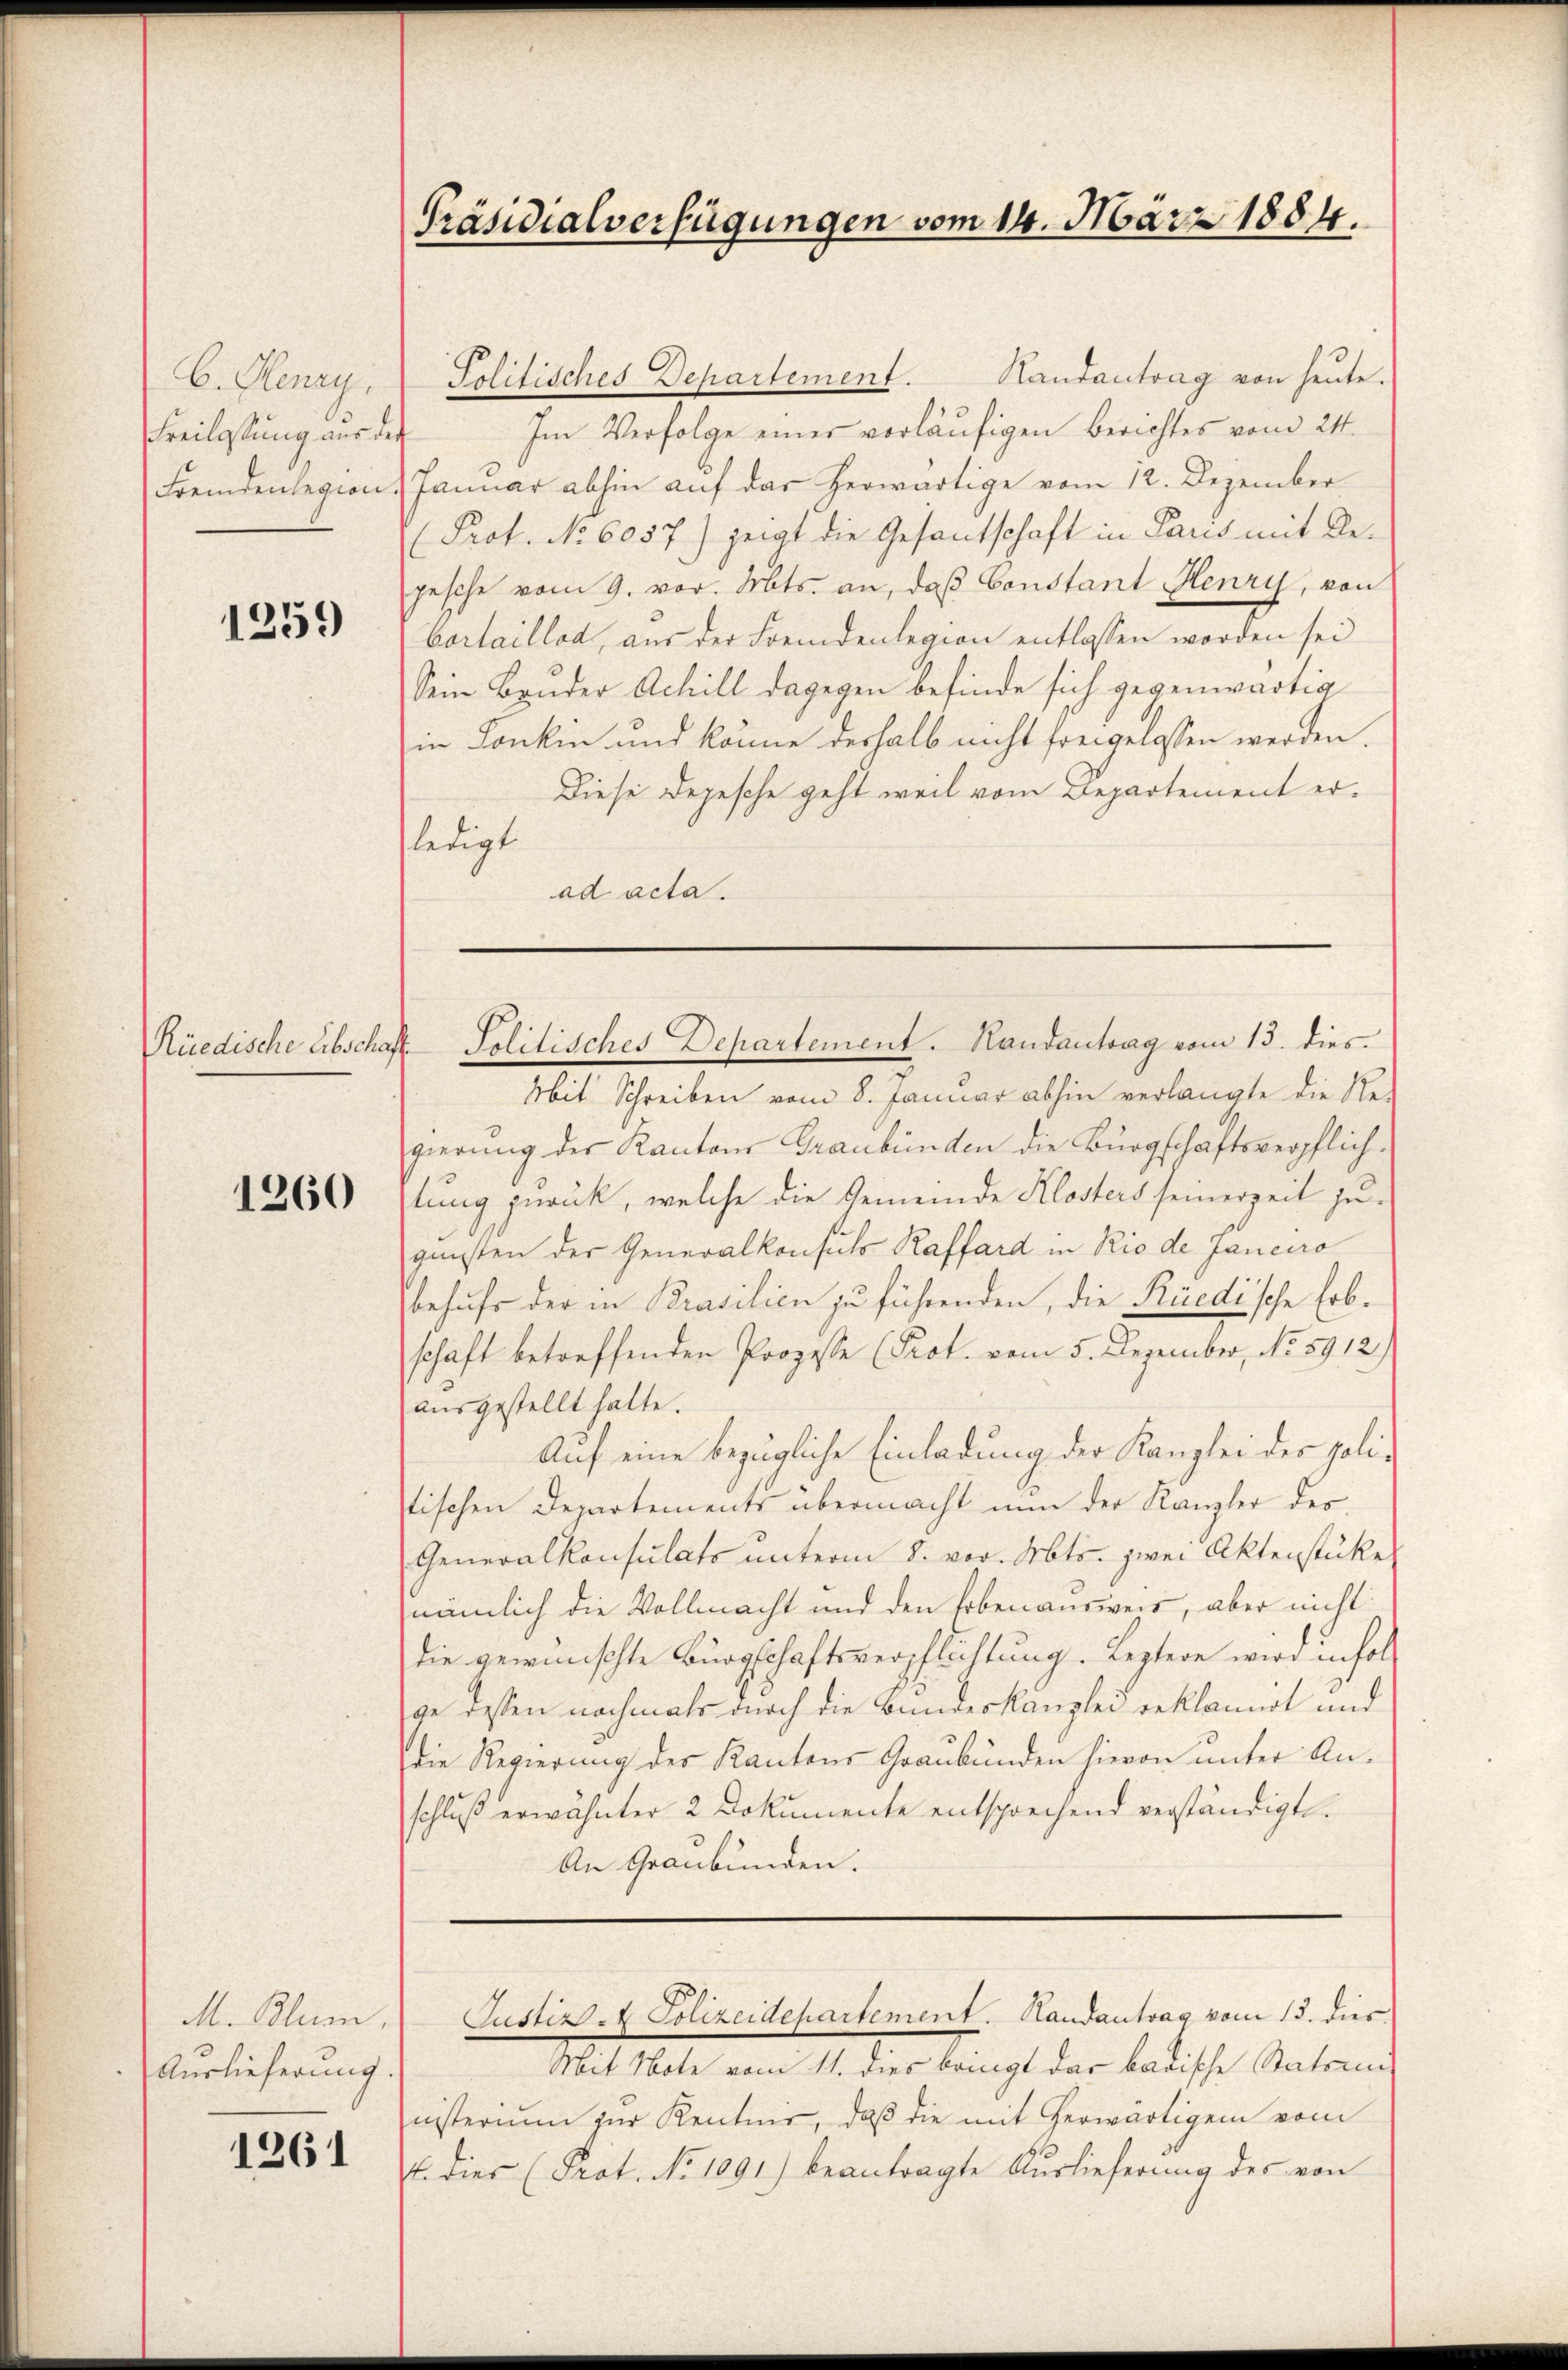
C. Henry
Freilastung aus der
Fremdenlegion

1259)

1260

M. Blum,
Auslieferung

1261

Präsidialverfügungen vom 14. März 1884.

Randantrag von heute.
Politisches Departement.
Im Verfolge eines vorläufigen Berichtes vom 24.
Januar abhin auf das herwärtige vom 12. Dezember¬
(Prof. No 6057) zeigt die Gesantschaft in Paris mit Bepesche vom 9. vor. Mts. an, daß Constant Henry, von
Cortaillod, aus der Fremdenlegion entlassen worden sei
Sein Bruder Achill dagegen befinde sich gegenwärtig
in Konkin und könne deshalb nicht freigelassen werden.
Diese Depesche geht weil vom Departement erfledigt
ad acta.

Mit Schreiben vom 8. Januar abhin verlangte die Re-
gierung der Kantons Graubünden die Bürgschaftsverpflich.
lung zurück, welche die Gemeinde Klosters seinerzeit zu-
günsten der Generalkonsuls Raffard in Rio de Janeiro
behufs der in Prasilien zu führenden, die Rüedische Erbschaft betreffenden Prozesse (Prot. vom 5. Dezember, No. 5912)
ausgestellt hatte.
Auf eine bezügliche Einladung der Kanzlei der politischen Departements übermacht nun der Kanzler des
Generalkonsulats unterm 8. vor. Mts. zwei Aktenstücke
nämlich die Vollmacht und den Erbenausweis, aber nicht
die gewünschte Bürgschaftsverpflichtung. Leztere wird inhalge dessen nochmals durch die Bundeskanzlei reklamirt und
die Regierung der Kantons Graubünden hievon unter Anschlŭβ erwähnter 2 Dokumente entsprechend verständigt.
An Graubünden.

Rüedische Abschaft Politisches Departement. Handantrag vom 13. dies¬

Mit Note vom 11. dies bringt das badische Statsin
nisterium zur Kentnis, daß die mit herwärtigen vom
4. dies (Prot. No 1091) beantragte Auslieferung des von

Justiz - Polizeidepartement. Handantrag vom 13. dies